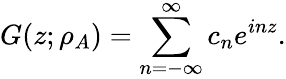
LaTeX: G(z;\rho_{A})=\sum_{n=-\infty}^{\infty}c_{n}e^{inz}.